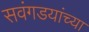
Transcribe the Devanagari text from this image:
सवंगडयांच्या